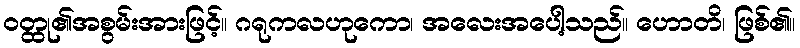
ဝတ္ထု၏အစွမ်းအားဖြင့်။ ဂရုကလဟုကော၊ အလေးအပေါ့သည်။ ဟောတိ၊ ဖြစ်၏။